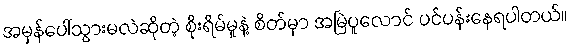
အမှန်ပေါ်သွားမလဲဆိုတဲ့ စိုးရိမ်မှုနဲ့ စိတ်မှာ အမြဲပူလောင် ပင်ပန်းနေရပါတယ်။